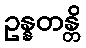
ဥန္နတန္တိ